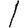
Digit: 1